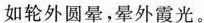
如轮外圆晕，晕外霞光。